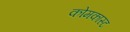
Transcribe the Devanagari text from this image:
कोमकास्ट